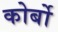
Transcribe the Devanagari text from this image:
कोर्बो